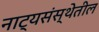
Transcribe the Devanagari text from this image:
नाट्यसंस्थेतील